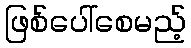
ဖြစ်ပေါ်စေမည့်